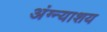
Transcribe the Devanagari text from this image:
अंग्न्याशय